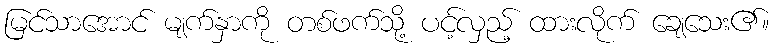
မြင်သာအောင် မျက်နှာကို တစ်ဖက်သို့ ပင့်လှည့် ထားလိုက် ချေသေး၏။